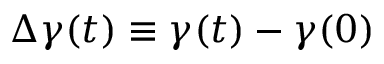
\Delta \gamma ( t ) \equiv \gamma ( t ) - \gamma ( 0 )